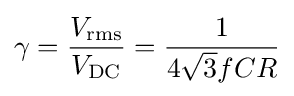
\gamma ={\frac {V_{\mathrm {rms} }}{V_{\mathrm {DC} }}}={\frac {1}{4{\sqrt {3}}fCR}}